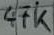
Text: 47k